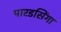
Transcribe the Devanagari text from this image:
पारडसिंगा